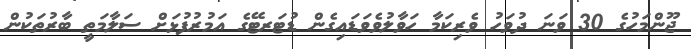
ޖޫންމަހުގެ 30 ވަނަ ދުވަހު ވެރިކަމާ ހަވާލުވެވަޑައިގެން ޑުޓަރޓޭގެ އަމުރުފުޅަށް ސަލާމަތީ ބާރުތަކުން